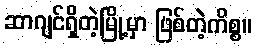
ဆာဂျင်ရှိတဲ့မြို့မှာ ဖြစ်တဲ့ကိစ္စ။